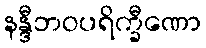
နန္ဒီဘဝပရိက္ခီဏော